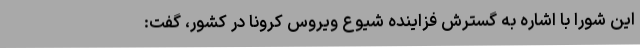
این شورا با اشاره به گسترش فزاینده شیوع ویروس کرونا در کشور، گفت: